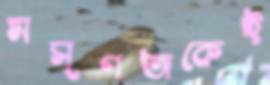
মসৃণতাকেই